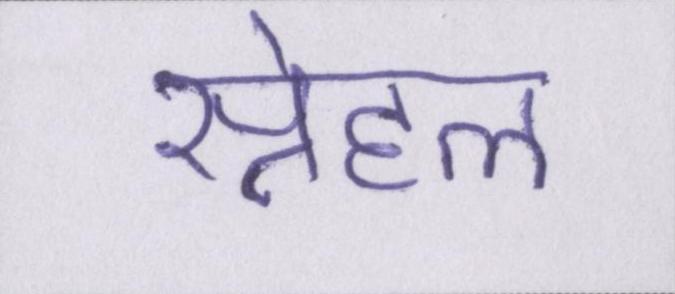
स्नेहल